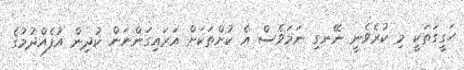
ހަގީގަތަކީ މި ކުރެވެނީ ނޭނގި ނަމަވެސް އެ ކުށްތަކަށް އަރައިގަންނަން ކުދިން އުފެއްދުމުގެ